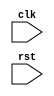
`timescale 1ns / 1ps

module modern_counter(clk, rst);

	input rst, clk;
	reg [3:0] a;

	always @ (posedge clk or posedge rst) begin
		if (rst)
			a <= 0;
		else
			a <= a + 1'b1;
	end
		
endmodule